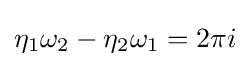
\eta _{1}\omega _{2}-\eta _{2}\omega _{1}=2\pi i